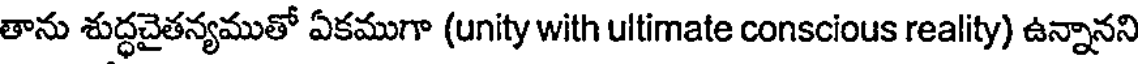
తాను శుద్ధచైతన్యముతో ఏకముగా (unity with ultimate conscious reality) ఉన్నానని